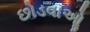
છોડવાઓૢ